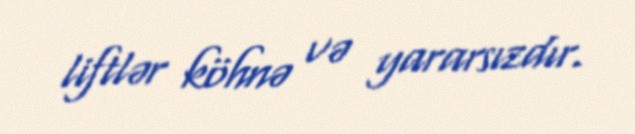
liftlər köhnə və yararsızdır.